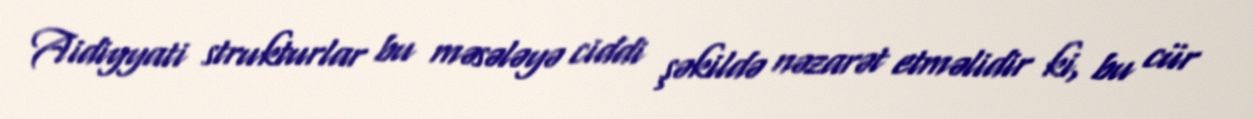
Aidiyyati strukturlar bu məsələyə ciddi şəkildə nəzarət etməlidir ki, bu cür